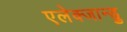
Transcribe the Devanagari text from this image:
एलेक्जान्ड्रु